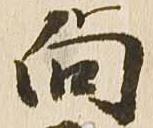
向